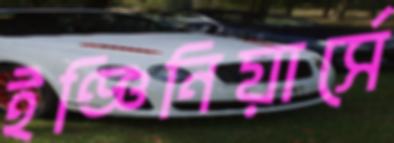
ইঞ্জিনিয়ার্সে